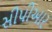
સીપીઆર